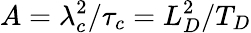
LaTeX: A=\lambda_{c}^{2}/\tau_{c}=L_{D}^{2}/T_{D}